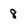
Character: 8